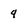
Character: 4